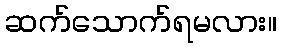
ဆက်သောက်ရမလား။